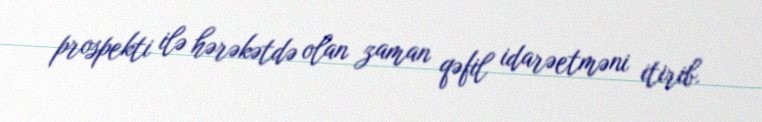
prospekti ilə hərəkətdə olan zaman qəfil idarəetməni itirib.